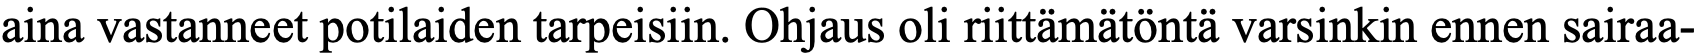
aina vastanneet potilaiden tarpeisiin. Ohjaus oli riittämätöntä varsinkin ennen sairaa-